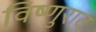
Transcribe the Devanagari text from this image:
विष्णुराव